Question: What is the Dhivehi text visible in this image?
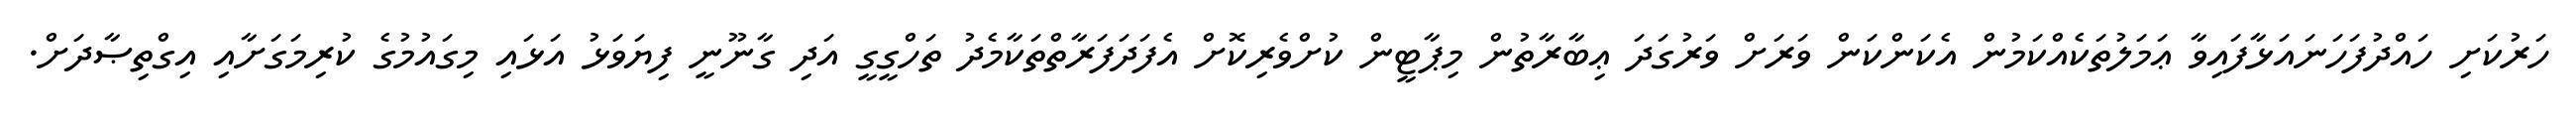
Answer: ހަރުކަށި ހައްދުފަހަނައަޅާފައިވާ ޢަމަލުތަކެއްކަމުން އެކަންކަން ވަރަށް ވަރުގަދަ ޢިބާރާތުން މިޕާޓީން ކުށްވެރިކޮށް އެފަދަފަރާތްތަކާމެދު ތަހްގީގީ އަދި ގާނޫނީ ފިޔަވަޅު އަޅައި މިގައުމުގެ ކުރިމަގަށާއި އިގްތިޞާދަށް.